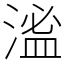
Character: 㴵